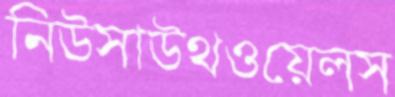
নিউসাউথওয়েলস